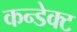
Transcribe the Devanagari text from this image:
कन्डेक्ट